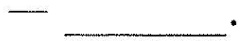
—____.